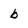
Character: b